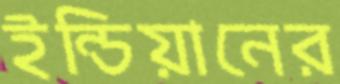
ইন্ডিয়ানের